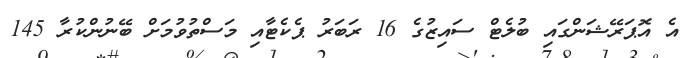
އެ އޮޕަރޭޝަންގައި ބުލެޓް ސައިޒުގެ 16 ރަބަރު ޕެކެޓާއި މަސްތުވުމަށް ބޭނުންކުރާ 145